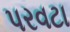
પરવટા